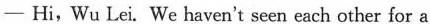
—Hi,Wu Lei. We haven't seen each other for a